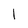
Character: l